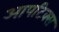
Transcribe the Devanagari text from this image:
आपटिक्स